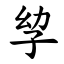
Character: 孧